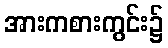
အားကစားကွင်း၌